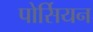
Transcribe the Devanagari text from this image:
पोर्सियन